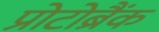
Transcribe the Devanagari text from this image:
प्रोटोब्रैंक